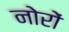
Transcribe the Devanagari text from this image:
नोरों